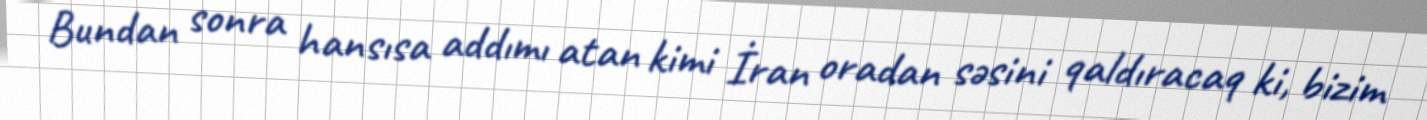
Bundan sonra hansısa addımı atan kimi İran oradan səsini qaldıracaq ki, bizim